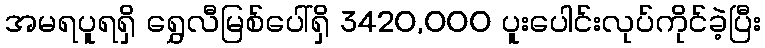
အမရပူရရှိ ရွှေလီမြစ်ပေါ်ရှိ 3420,000 ပူးပေါင်းလုပ်ကိုင်ခဲ့ပြီး